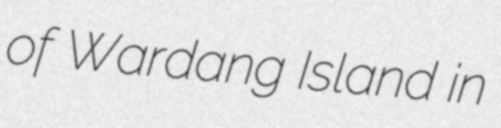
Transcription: of Wardang Island in